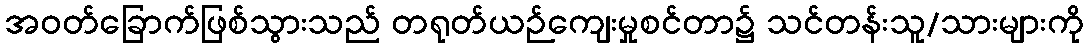
အဝတ်ခြောက်ဖြစ်သွားသည် တရုတ်ယဉ်ကျေးမှုစင်တာ၌ သင်တန်းသူ/သားများကို